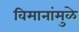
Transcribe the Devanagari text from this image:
विमानांमुळे